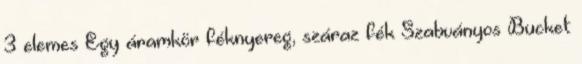
3 elemes Egy áramkör féknyereg, száraz fék Szabványos Bucket